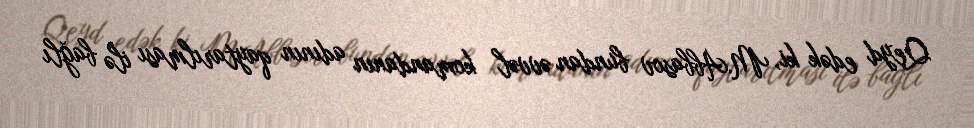
Qeyd edək ki, M.Abbasov bundan əvvəl komandanın adının qaytarılması ilə bağlı